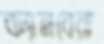
ক্যানবেরা